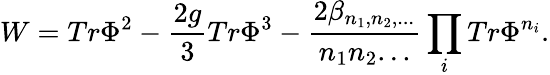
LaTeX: W=Tr\Phi^{2}-\frac{2g}{3}Tr\Phi^{3}-\frac{2\beta_{n_{1},n_{2},...}}{n_{1}n_{2}...}\prod_{i}Tr\Phi^{n_{i}}.